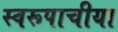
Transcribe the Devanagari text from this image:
स्वरूपाचीया